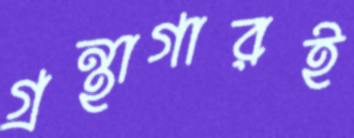
গ্রন্থাগারই